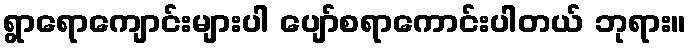
ရွာရောကျောင်းများပါ ပျော်စရာကောင်းပါတယ် ဘုရား။